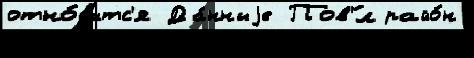
отно́с'итс'я Да́нныjе Пов'́л райо́н